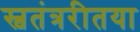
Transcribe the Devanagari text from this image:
स्वतंत्ररीतया